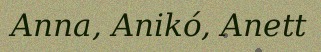
Anna, Anikó, Anett